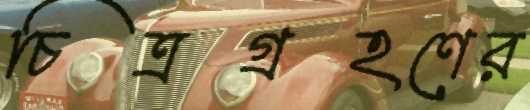
চিত্রগ্রহণের